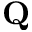
\mathbf { Q }